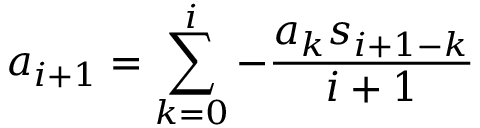
a _ { i + 1 } = \sum _ { k = 0 } ^ { i } { - \frac { a _ { k } s _ { i + 1 - k } } { i + 1 } }